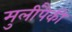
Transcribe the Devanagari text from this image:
मुलींपैकी